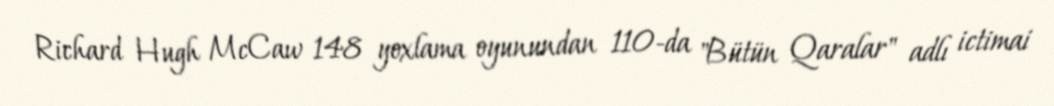
Richard Hugh McCaw 148 yoxlama oyunundan 110-da "Bütün Qaralar" adlı ictimai